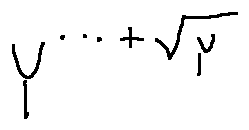
Y ^ { \cdots + \sqrt { Y } }